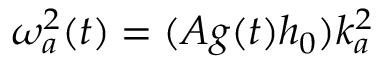
\omega _ { a } ^ { 2 } ( t ) = ( A g ( t ) h _ { 0 } ) k _ { a } ^ { 2 }